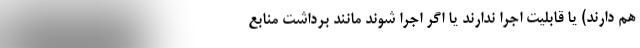
هم دارند) یا قابلیت اجرا ندارند یا اگر اجرا شوند مانند برداشت منابع